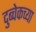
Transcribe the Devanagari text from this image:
दुब्चेकच्या